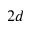
2 d